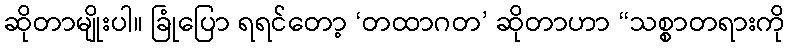
ဆိုတာမျိုးပါ။ ခြုံပြော ရရင်တော့ ‘တထာဂတ’ ဆိုတာဟာ “သစ္စာတရားကို